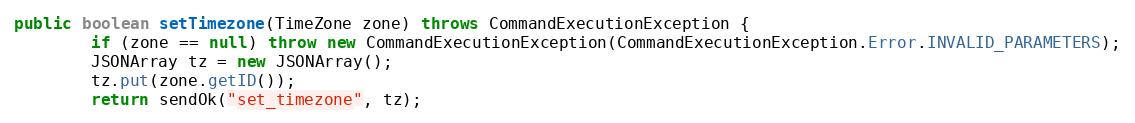
Language: Java
public boolean setTimezone(TimeZone zone) throws CommandExecutionException {
        if (zone == null) throw new CommandExecutionException(CommandExecutionException.Error.INVALID_PARAMETERS);
        JSONArray tz = new JSONArray();
        tz.put(zone.getID());
        return sendOk("set_timezone", tz);